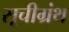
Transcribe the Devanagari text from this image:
सूचीग्रंथ